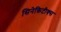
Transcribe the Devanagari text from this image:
सिनेक्रिटीक्स